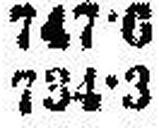
734•3